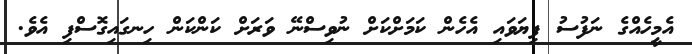
އެމީހެއްގެ ނަފުސު ފިޔަވައި އެހެން ކަމަށްކަށް ނުވިސްނޭ ވަރަށް ކަންކަން ހިނގައިގޮސްފި އެވެ.